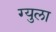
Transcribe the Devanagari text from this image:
ग्युला